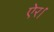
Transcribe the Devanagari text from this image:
ऐर।